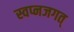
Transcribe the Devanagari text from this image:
स्वप्नजगत्‌